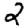
Digit: 2